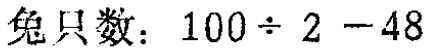
兔只数：$100\div 2 - 48$